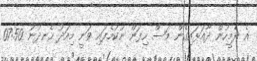
އެ ދެމީހުން ދާއަޅައިގެން މަސް ހިފަން ނުކުމެފައި ވަނީ މިއަދު ހެނދުނު 07:50